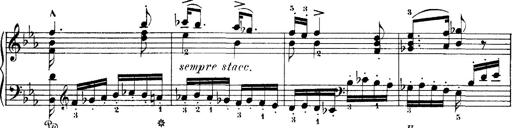
Title: Hungarian Rhapsody No.4
Composer: Franz Liszt
Key: E-flat major